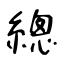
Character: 總